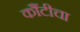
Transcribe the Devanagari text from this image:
कौंटीचा